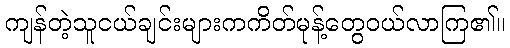
ကျန်တဲ့သူငယ်ချင်းများကကိတ်မုန့်တွေဝယ်လာကြ၏။